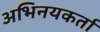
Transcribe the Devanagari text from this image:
अभिनयकर्ता